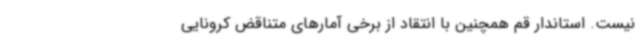
نیست. استاندار قم همچنین با انتقاد از برخی آمارهای متناقض کرونایی